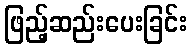
ဖြည့်ဆည်းပေးခြင်း